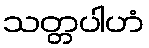
သတ္တပါဟံ